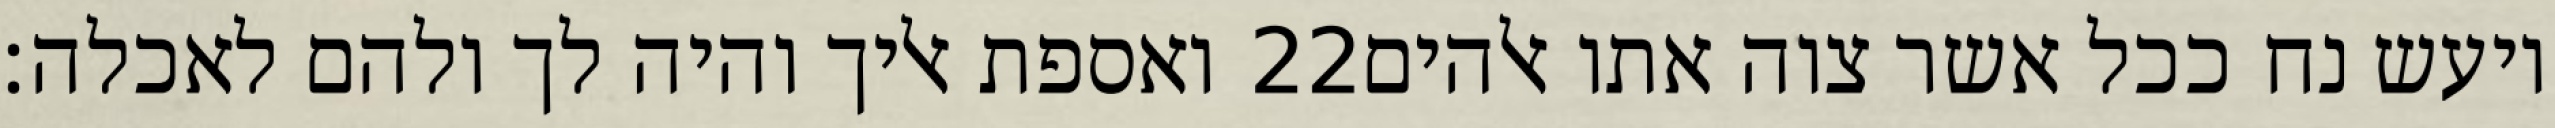
ואספת אליך והיה לך ולהם לאכלה׃ ‎22‏ ויעש נח ככל אשר צוה אתו אלהים